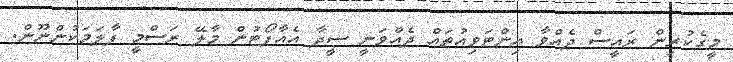
މީގެކުރިން ރައީސް ދެއްވާ އިންޓަވިއުތައް ދެއްވަނީ ސީދާ އެއާޕޯޓުން މާލޭ ރަސްމީ ފާލަމަކުންނޫން.